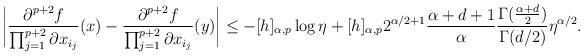
LaTeX: \begin{align*}&\bigg| \frac{\partial^{p+2}f}{\prod_{j=1}^{p+2} \partial x_{i_j}}(x) - \frac{\partial^{p+2}f}{\prod_{j=1}^{p+2} \partial x_{i_j}}(y) \bigg| \leq - [h]_{\alpha,p} \log \eta + [h]_{\alpha,p} 2^{\alpha/2+1}\frac{\alpha+d+1}{\alpha}\frac{\Gamma(\frac{\alpha+d}{2})}{\Gamma(d/2)} \eta^{\alpha/2}.\end{align*}